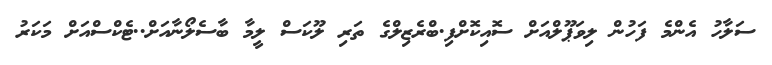
ސަލާހު އެންމެ ފަހުން ލިވަޕޫލްއަށް ސޮއިކޮށްފި.ބްރެޒިލްގެ ތަރި ލޫކަސް ލީމާ ބާސެލޯނާއަށް..ޓެކްސްއަށް މަކަރު